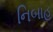
નિબાહૂ